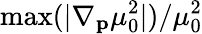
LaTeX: \operatorname*{max}(|\nabla_{\mathbf{p}}\mu_{0}^{2}|)/\mu_{0}^{2}